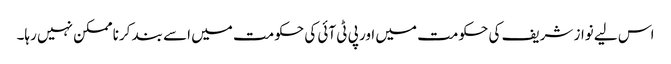
اس لیے نواز شریف کی حکومت میں اور پی ٹی آئی کی حکومت میں اسے بند کرنا ممکن نہیں رہا۔